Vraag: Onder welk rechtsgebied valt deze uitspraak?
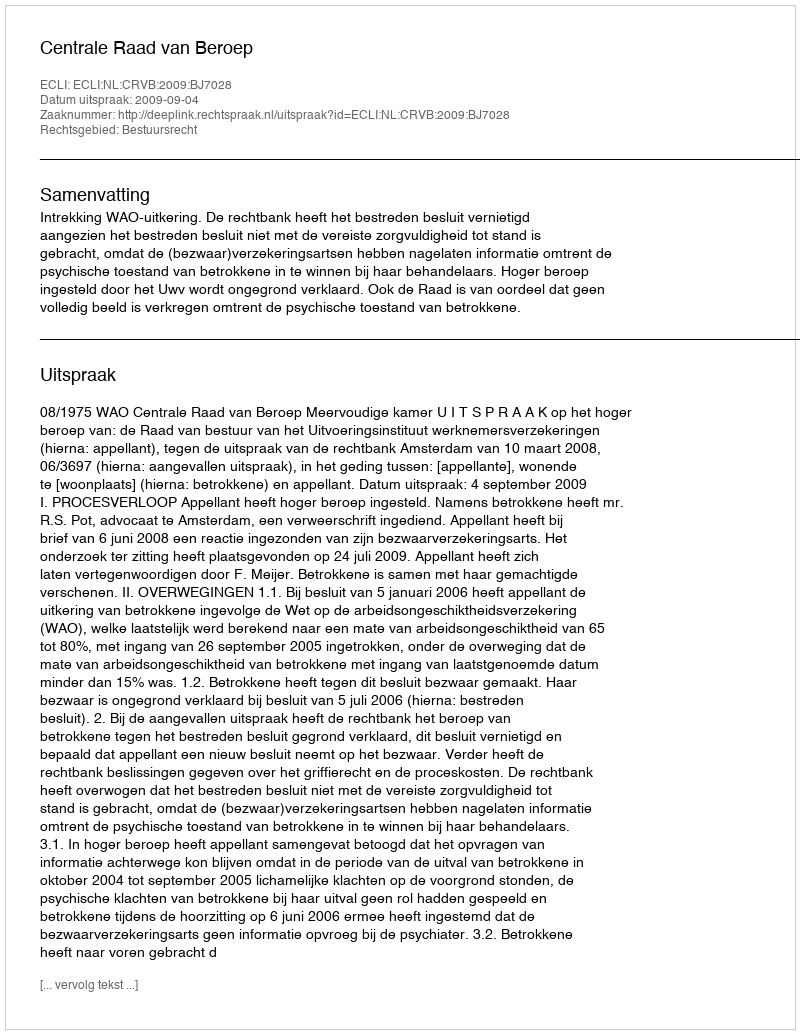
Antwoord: Bestuursrecht